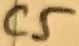
Text: C5